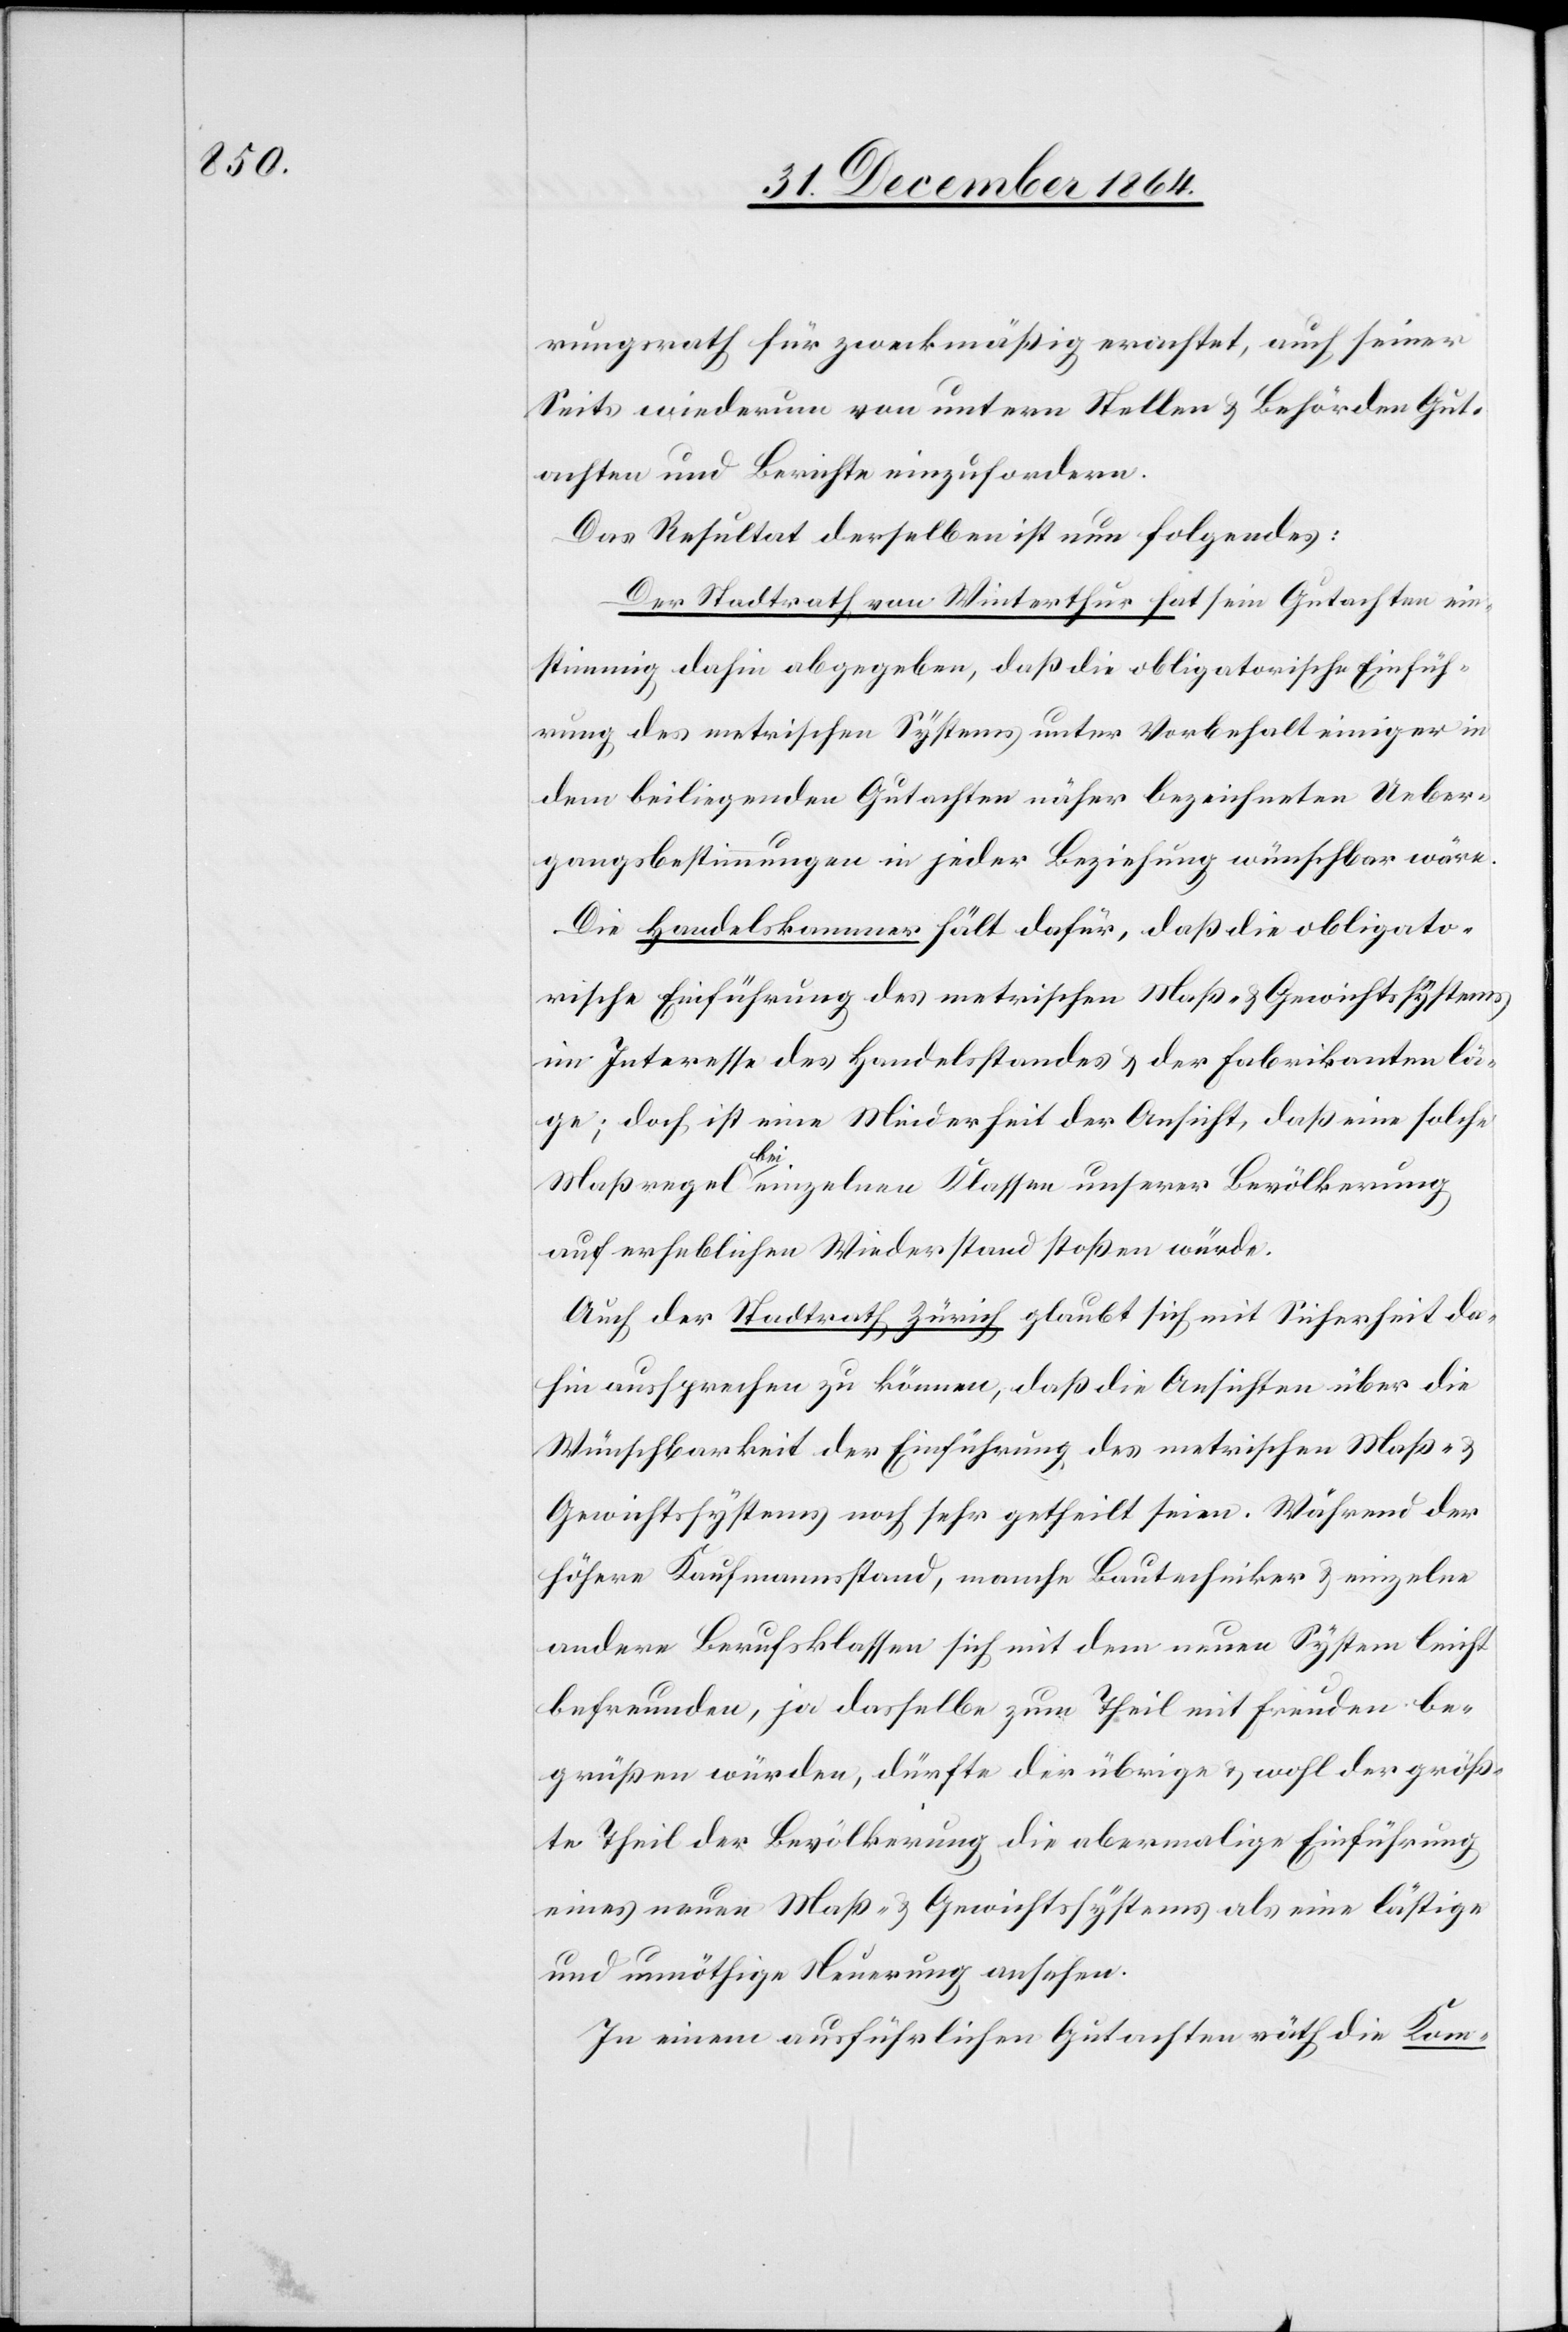
rungsrath für zweckmäßig erachtet, auch seiner¬
seits wiederum von untern Stellen & Behörden Gut¬
achten und Berichte einzufordern.
Das Resultat derselben ist nun folgendes:
Der Stadtrath von Winterthur hat sein Gutachten ein¬
stimmig dahin abgegeben, daß die obligatorische Einfüh¬
rung des metrischen Systems unter Vorbehalt einiger in
dem beiliegenden Gutachten näher bezeichneten Ueber¬
gangsbestimmungen in jeder Beziehung wünschbar wäre.
Die Handelskammer hält dafür, daß die obligato¬
rische Einführung des metrischen Maß- & Gewichtssystems
im Interesse des Handelsstandes & der Fabrikanten lä¬
ge; doch ist eine Minderheit der Ansicht, daß eine solche
Maßregel bei einzelnen Klassen unserer Bevölkerung
auf erheblichen Widerstand stoßen würde.
Auch der Stadtrath Zürich glaubt sich mit Sicherheit da¬
für aussprechen zu können, daß die Ansichten über die
Wünschbarkeit der Einführung des metrischen Maß- &
Gewichtssystems noch sehr getheilt seien. Während der
höhere Kaufmannsstand, manche Bautechniker & einzelne
andere Berufsklassen sich mit dem neuen System leicht
befreunden, ja dasselbe zum Theil mit Freuden be¬
grüßen würden, dürfte der übrige & wohl der größ¬
te Theil der Bevölkerung die abermalige Einführung
eines neuen Maß- & Gewichtssystems als eine lästige
und unnöthige Neuerung ansehen.
In einem ausführlichen Gutachten räth die Kom-